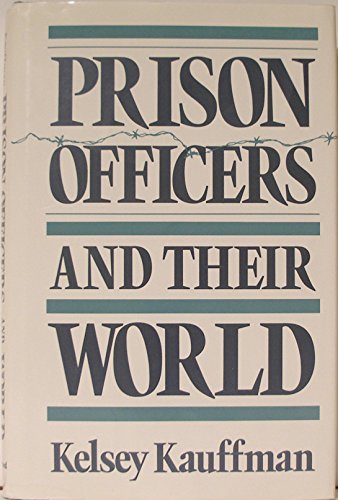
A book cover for Prison Officers and Their World; Kelsey Kauffman; Business & Money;